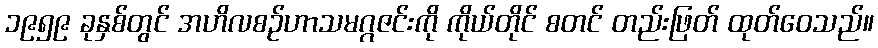
၁၉၅၉ ခုနှစ်တွင် အဟိလစဉ်ဟာသမဂ္ဂဇင်းကို ကိုယ်တိုင် စတင် တည်းဖြတ် ထုတ်ဝေသည်။